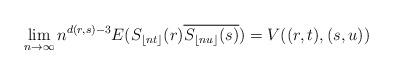
LaTeX: \begin{align*}\lim_{n \to \infty}n^{d(r,s)-3}E(S_{\lfloor nt \rfloor}(r)\overline{S_{\lfloor nu \rfloor}(s)}) =V((r,t),(s,u))\end{align*}